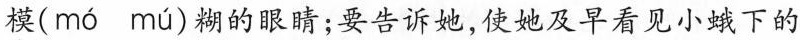
\underset{·}{模}( mó mú )糊的眼睛；要告诉她，使她及早看见小蛾下的